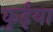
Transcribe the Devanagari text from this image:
कुईंया